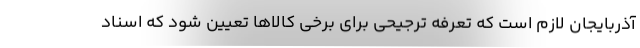
آذربایجان لازم است که تعرفه ترجیحی برای برخی کالاها تعیین شود که اسناد